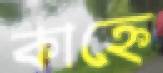
কাহ্নে